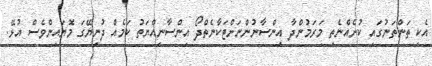
އެކި ތަންތަނުގައި ކުށެއްނެތި މަރަމުންދާ އިންސާނުންނަށްޓަކާނެތްދޯ އިންސާނިއްޔަތު ކަމެއް ދުނިޔޭގަ މޮޔައިންވެސް އުޅޭ.